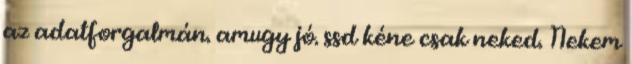
az adatforgalmán. amugy jó. ssd kéne csak neked. Nekem